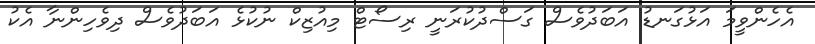
އެހެންވީމަ އަޅުގަނޑު އަބަދުވެސް ގަސްދުކުރަނީ ރިސޯޓް މިއުޒިކް ނުކުޅެ އަބަދުވެސް ދިވެހިންނާ އެކު